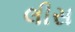
લીસ